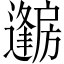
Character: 𱟦